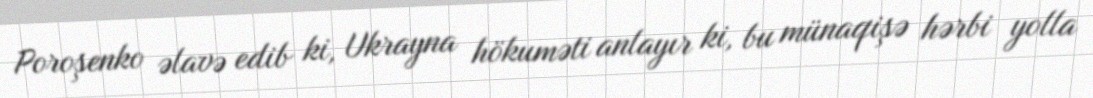
Poroşenko əlavə edib ki, Ukrayna hökuməti anlayır ki, bu münaqişə hərbi yolla